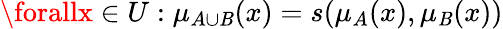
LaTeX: \forallx\in{U}:\mu_{A\cup{\mathit{B}}}(x)=s(\mu_{A}(x),\mu_{\mathit{B}}(x))